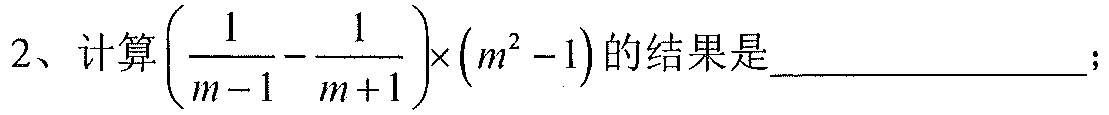
2、计算\(\left(\dfrac{1}{m - 1}-\dfrac{1}{m + 1}\right)\times(m^{2}-1)\)的结果是  ；